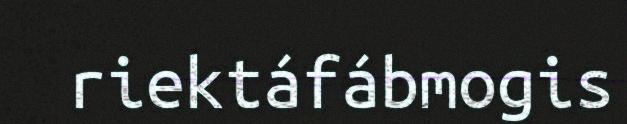
riektáfábmogis